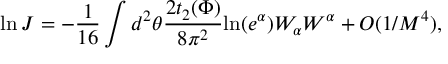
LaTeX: \ln J = - \frac { 1 } { 1 6 } \int d ^ { 2 } \theta \frac { 2 t _ { 2 } ( \Phi ) } { 8 \pi ^ { 2 } } \mathrm { l n } ( e ^ { \alpha } ) W _ { \alpha } W ^ { \alpha } + O ( 1 / M ^ { 4 } ) ,